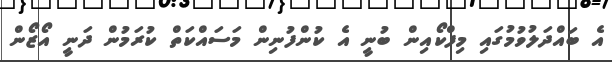
އެ ބައްދަލުވުމުގައި މިފްކޯއިން ބުނީ އެ ކުންފުނިން މަސައްކަތް ކުރަމުން ދަނީ އޯޒޯން